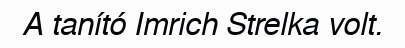
A tanító Imrich Strelka volt.